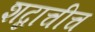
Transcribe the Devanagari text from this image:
शब्दाचीच